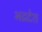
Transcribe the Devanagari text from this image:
भद्रदेश